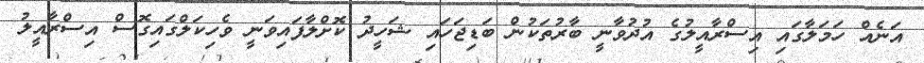
އަނެއް ހަމަލާގައި އިސްރާއީލުގެ އުދުވާނީ ބާރުތަކުން ބަޑިޖަހައި ޝަހީދު ކޮށްލާފައިވަނީ ވެހިކަލްގައިގޮސް އިސްރާއީލު